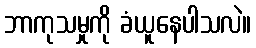
ဘာကုသမှုကို ခံယူနေပါသလဲ။